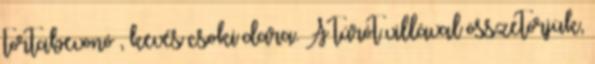
tortabevonó , kevés csoki dara. A túrót villával összetörjük,